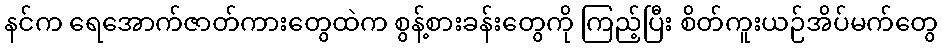
နင်က ရေအောက်ဇာတ်ကားတွေထဲက စွန့်စားခန်းတွေကို ကြည့်ပြီး စိတ်ကူးယဉ်အိပ်မက်တွေ